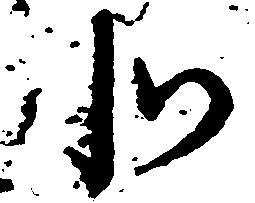
北